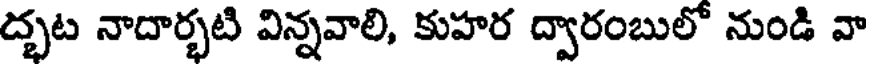
ద్భట నాదార్భటి విన్నవాలి, కుహర ద్వారంబులో నుండి వా